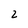
Character: 2